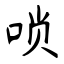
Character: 唢